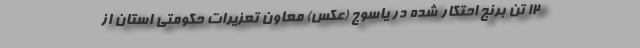
۱۲ تن برنج احتکار شده در یاسوج (عکس) معاون تعزیرات حکومتی استان از